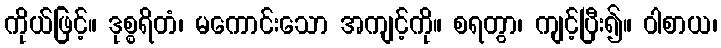
ကိုယ်ဖြင့်။ ဒုစ္စရိတံ၊ မကောင်းသော အကျင့်ကို။ စရတွာ၊ ကျင့်ပြီး၍။ ဝါစာယ၊